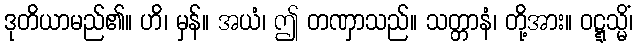
ဒုတိယာမည်၏။ ဟိ၊ မှန်။ အယံ၊ ဤ တဏှာသည်။ သတ္တာနံ၊ တို့အား။ ဝဋ္ဋသ္မိံ၊